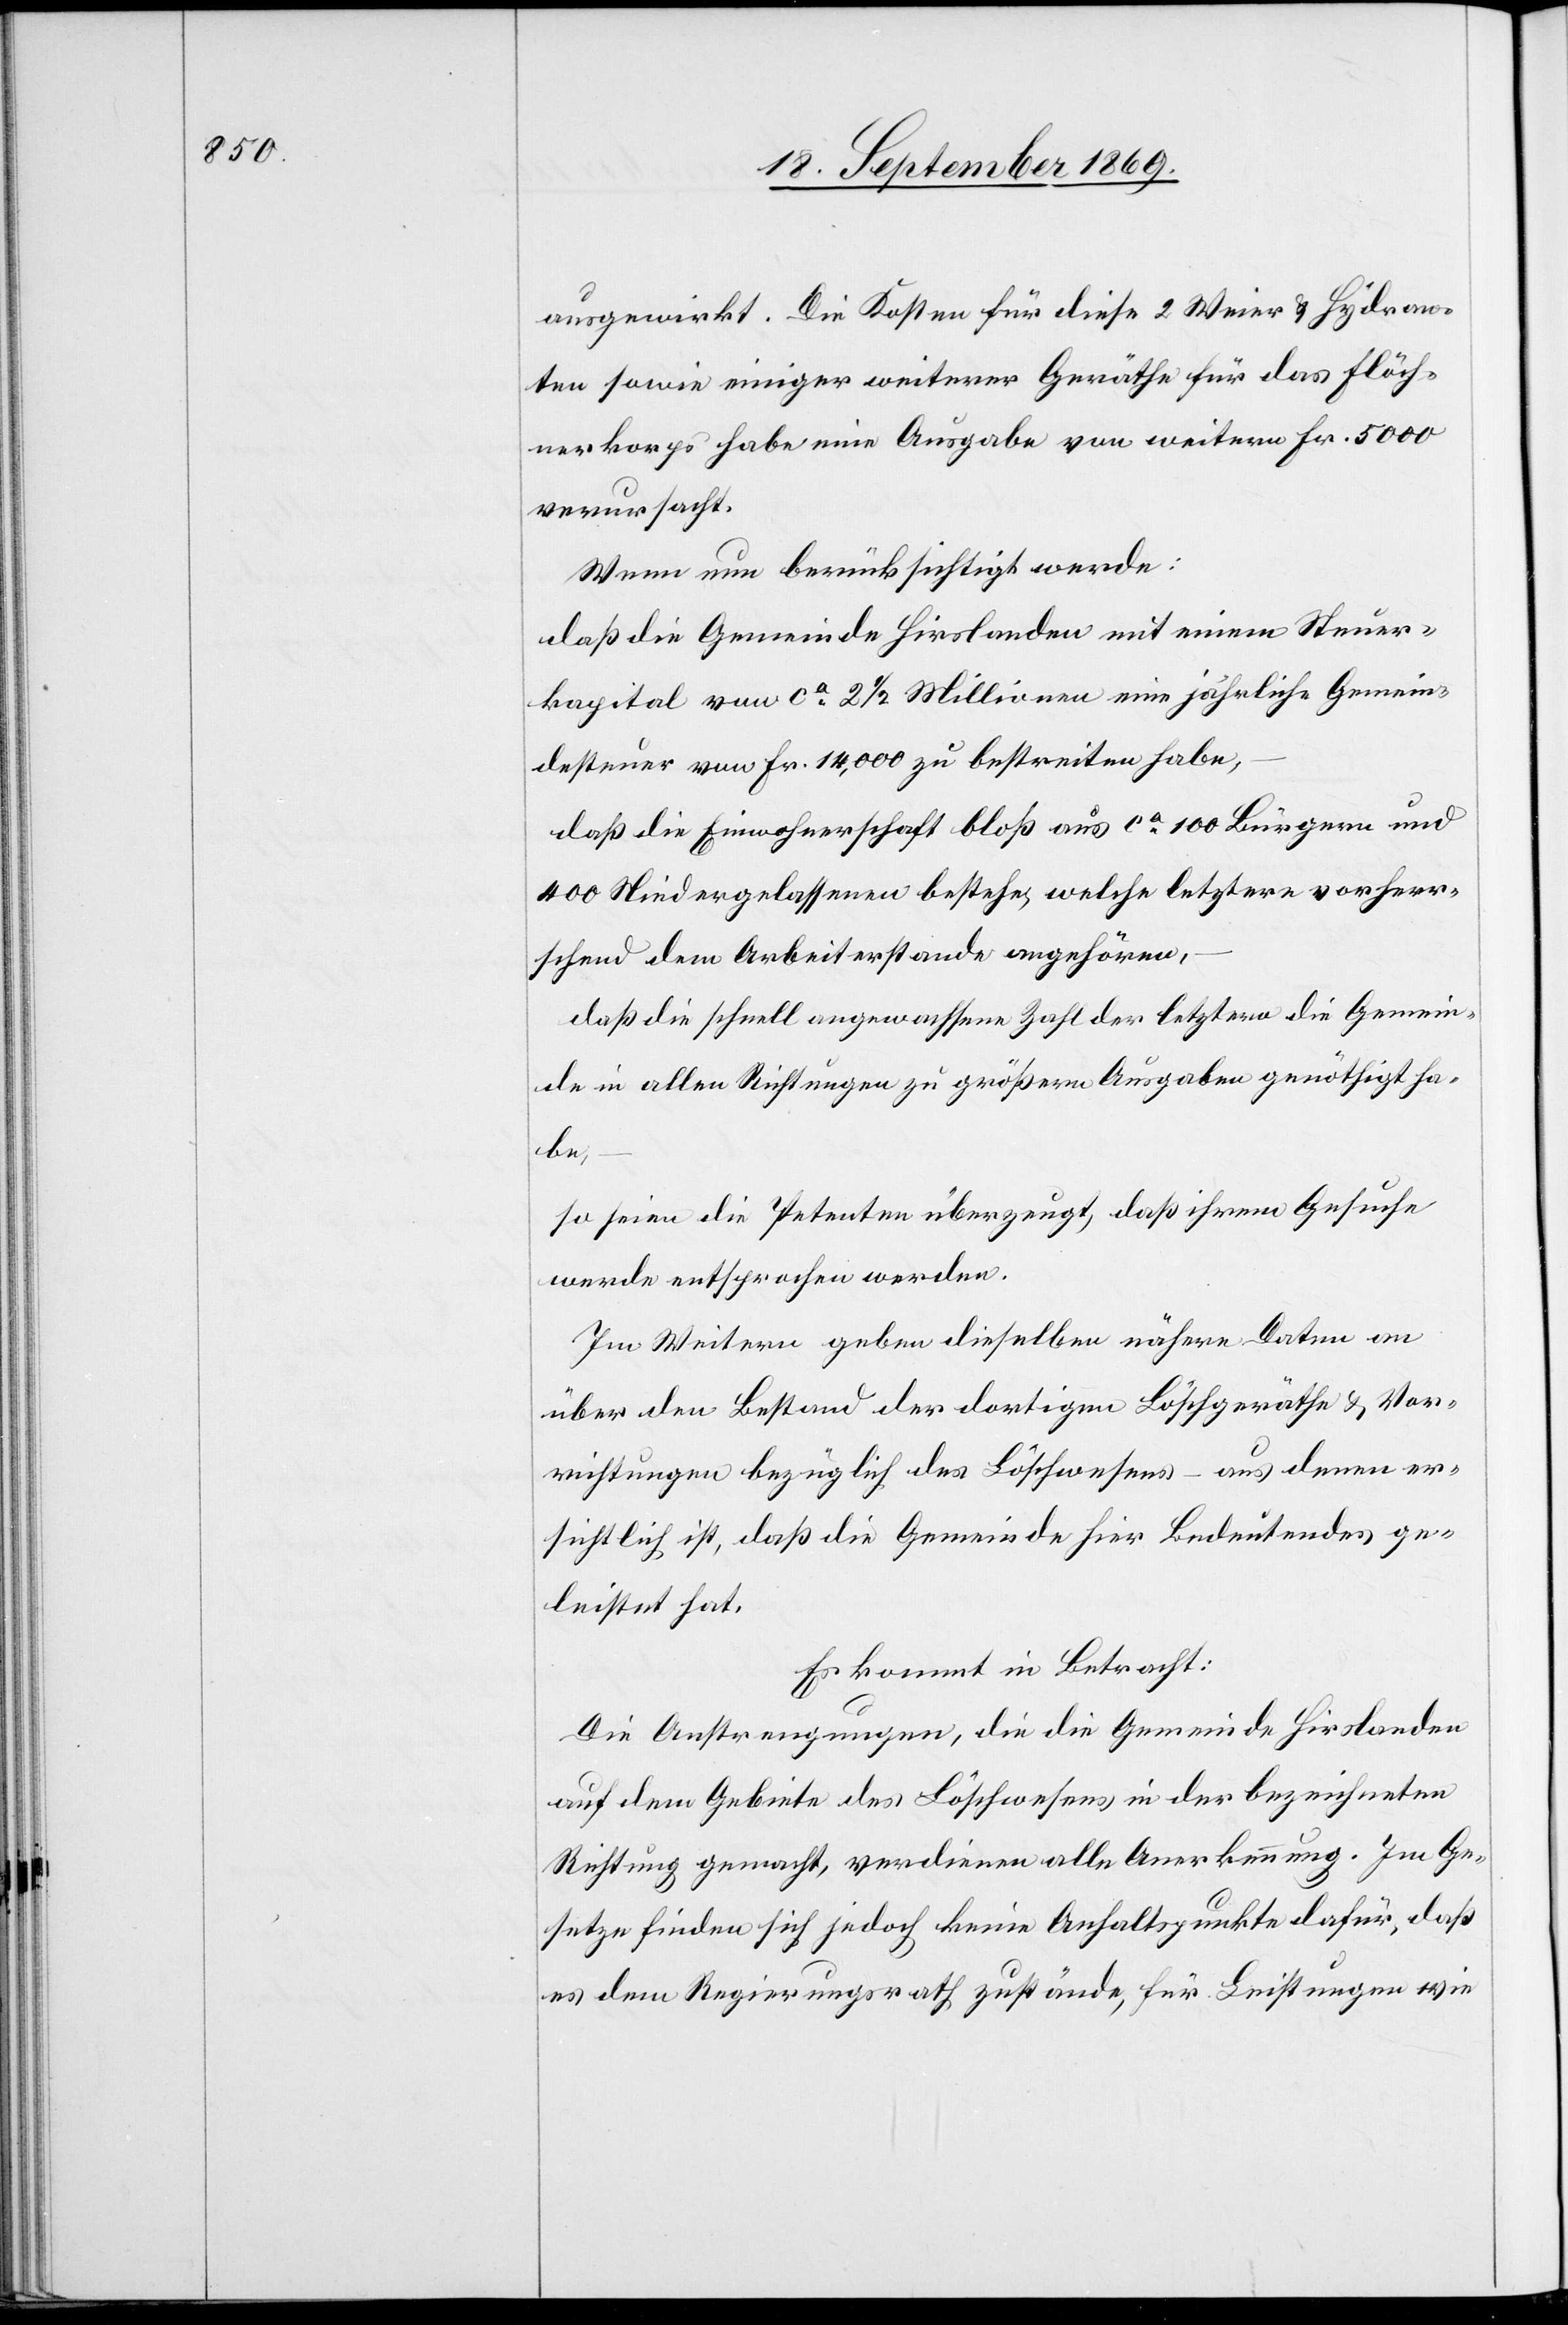
ausgewirkt. Die Kosten für diese 2 Weier & Hydran¬
ten sowie einiger weiterer Geräthe für das Flöch¬
nerkorps habe eine Ausgabe von weitern Fr. 5000
verursacht.
Wenn nun berücksichtigt werde:
daß die Gemeinde Hirslanden mit einem Steuer¬
kapital von ca 2 1/2 Millionen eine jährliche Gemein¬
desteuer von Fr. 14,000 zu bestreiten habe,
daß die Einwohnerschaft bloß aus ca 100 Bürgern und
400 Niedergelassenen bestehe, welche letztere vorherr¬
schend dem Arbeiterstande angehören,
daß die schnell angewachsene Zahl der letztern die Gemein¬
de in allen Richtungen zu größern Ausgaben genöthigt ha¬
be,
so seien die Petenten überzeugt, daß ihrem Gesuche
werde entsprochen werden.
Im Weitern geben dieselben nähere Daten an
über den Bestand der dortigen Löschgeräthe & Vor¬
richtungen bezüglich des Löschwesens – aus denen er¬
sichtlich ist, daß die Gemeinde hier Bedeutendes ge¬
leistet hat.
Es kommt in Betracht:
Die Anstrengungen, die die Gemeinde Hirslanden
auf dem Gebiete des Löschwesens in der bezeichneten
Richtung gemacht, verdienen alle Anerkennung. Im Ge¬
setze finden sich jedoch keine Anhaltspunkte dafür, daß
es dem Regierungsrath zustände, für Leistungen wie